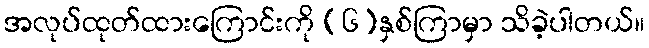
အလုပ်ထုတ်ထားကြောင်းကို (၆)နှစ်ကြာမှာ သိခဲ့ပါတယ်။